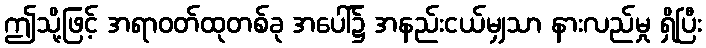
ဤသို့ဖြင့် အရာဝတ်ထုတစ်ခု အပေါ်၌ အနည်းငယ်မျှသာ နားလည်မှု ရှိပြီး